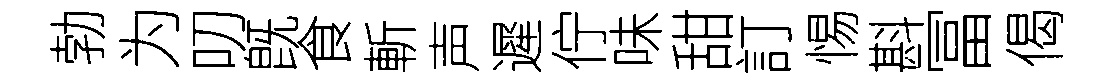
勃为叨旣食斬声遲佇味甜訂惕斟冨偈